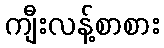
ကျီးလန့်စာစား